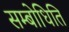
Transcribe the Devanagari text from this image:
सम्बोधिति